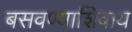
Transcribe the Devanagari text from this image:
बसवण्याशिवाय